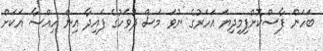
ބަހަން ފާސްކޮށްފިމިދިޔަ އަހަރުުގެ ނުވަ މަސް ދުވަހުގެ ފައިދާ އިން ހިއްސާ އަކަށް